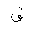
Letter: _qaf